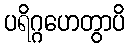
ပရိဂ္ဂဟေတွာပိ